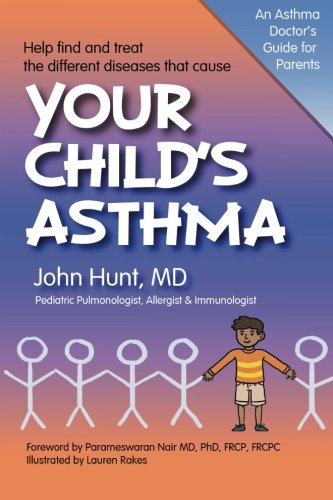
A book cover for Your Child's Asthma: A Guide for Parents; John F. Hunt MD; Health, Fitness & Dieting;